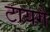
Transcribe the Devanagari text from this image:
टायगे